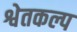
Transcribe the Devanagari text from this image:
श्वेतकल्प